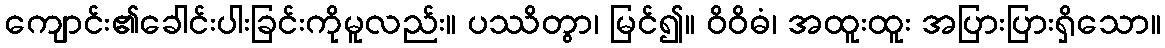
ကျောင်း၏ခေါင်းပါးခြင်းကိုမူလည်း။ ပဿိတွာ၊ မြင်၍။ ဝိဝိဓံ၊ အထူးထူး အပြားပြားရှိသော။